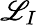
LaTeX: \mathscr{L}_{I}